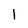
Character: 1